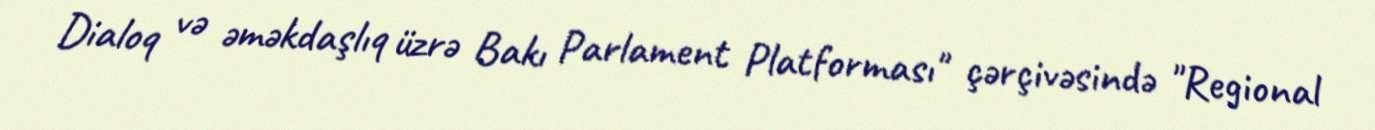
Dialoq və əməkdaşlıq üzrə Bakı Parlament Platforması" çərçivəsində "Regional